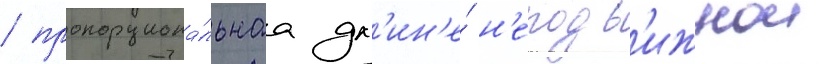
/ пропорциона́льнаа дл'ин'е́ н'еподв'ижнои